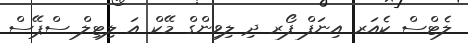
ލެޓްސް ކެއަރ އިނަފް ފޯރ ދި ލިވިންގް މޭކް އަ ލިޓިލް ސްޕޭސް